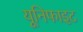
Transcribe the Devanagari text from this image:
यूनिफाइट